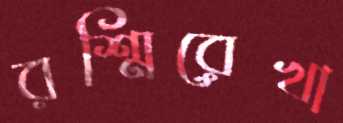
রশ্মিরেখা